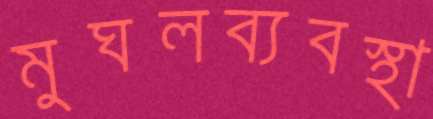
মুঘলব্যবস্থা